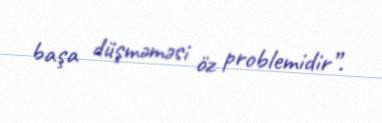
başa düşməməsi öz problemidir”.